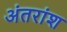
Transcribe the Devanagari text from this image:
अंतरांश